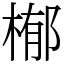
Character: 㮋